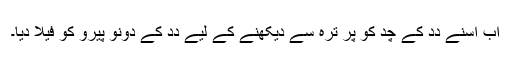
اَب اُسنے دِدِ کے چُد کو پُرِ ترہ سے دیکھنے کے لِیے دِدِ کے دونو پیرو کو فیلا دِیا۔